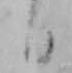
日